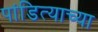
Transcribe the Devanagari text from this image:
पांडित्याच्या